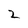
Character: 2